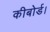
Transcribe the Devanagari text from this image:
कीबोर्ड।